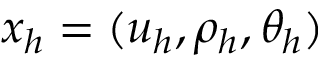
\boldsymbol { x } _ { h } = ( \boldsymbol { u } _ { h } , \rho _ { h } , \theta _ { h } )